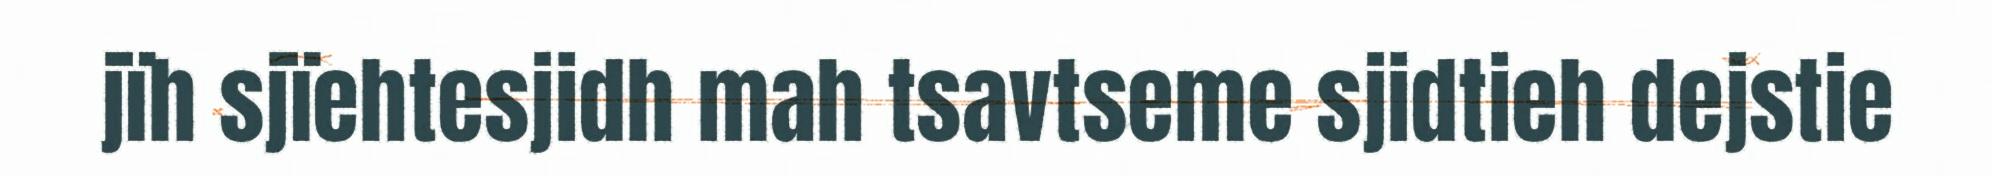
jïh sjïehtesjidh mah tsavtseme sjidtieh dejstie